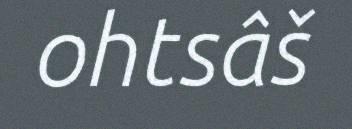
ohtsâš